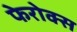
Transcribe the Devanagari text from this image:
फेरोक्स